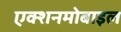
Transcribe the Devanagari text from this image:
एक्शनमोबाइल